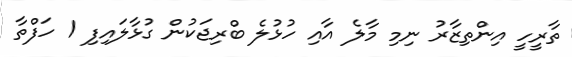
ތާރީހީ އިންތިޒާރު ނިމި މާލެ އާއި ހުޅުލެ ބްރިޖަކުން ގުޅާލައިފި 1 ހަފްތާ